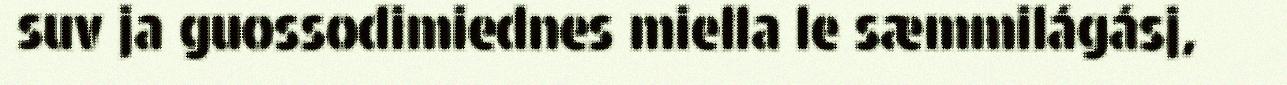
suv ja guossodimiednes miella le sæmmilágásj,